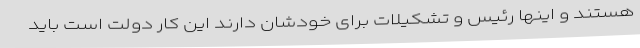
هستند و اینها رئیس و تشکیلات برای خودشان دارند این کار دولت است باید